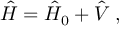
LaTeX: \hat { H } = \hat { H } _ { 0 } + \hat { V } \; ,